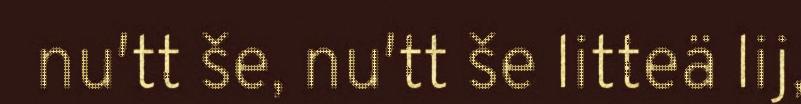
nu′tt še, nu′tt še litteä lij,